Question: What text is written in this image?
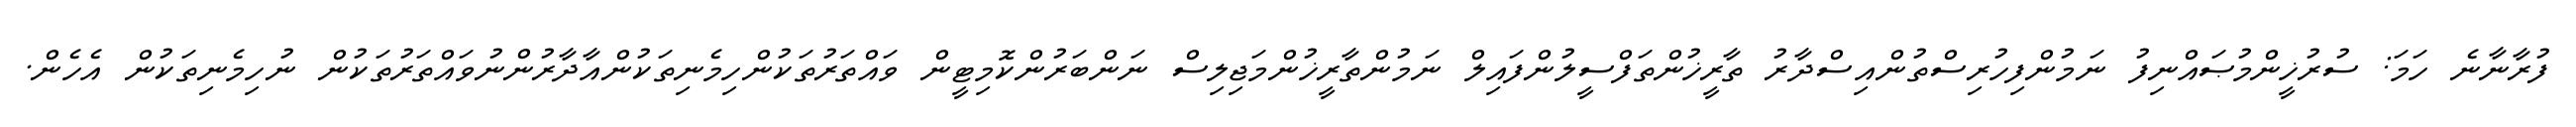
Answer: ފުރާނާނެ ހަމަ: ސުރުޚީންމުޞައްނިފު ނަމުންފިހުރިސްތުންއިސްދާރު ތާރީޚުންތަފްސީލުންފައިލް ނަމުންތާރީޚުންމަޖިލިސް ނަންބަރުންކޮމިޓީން ވައްތަރުތަކުންހިމެނިތަކުންއާދާރުންނުވައްތަރުތަކުން ނުހިމެނިތަކުން އެހެން.